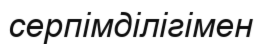
серпімділігімен